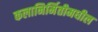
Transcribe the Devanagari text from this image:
कलानिर्मितीमधील